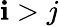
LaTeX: \mathbf{i}>j